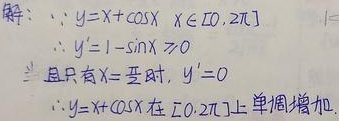
解：\(\because y = x+\cos x\)，\(x\in[0, 2\pi]\)
\(\therefore y' = 1 - \sin x\geq0\)
当且仅当\(x = \frac{\pi}{2}\)时，\(y' = 0\)
\(\therefore y = x+\cos x\)在\([0, 2\pi]\)上单调增加.